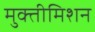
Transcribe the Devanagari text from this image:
मुक्तीमिशन